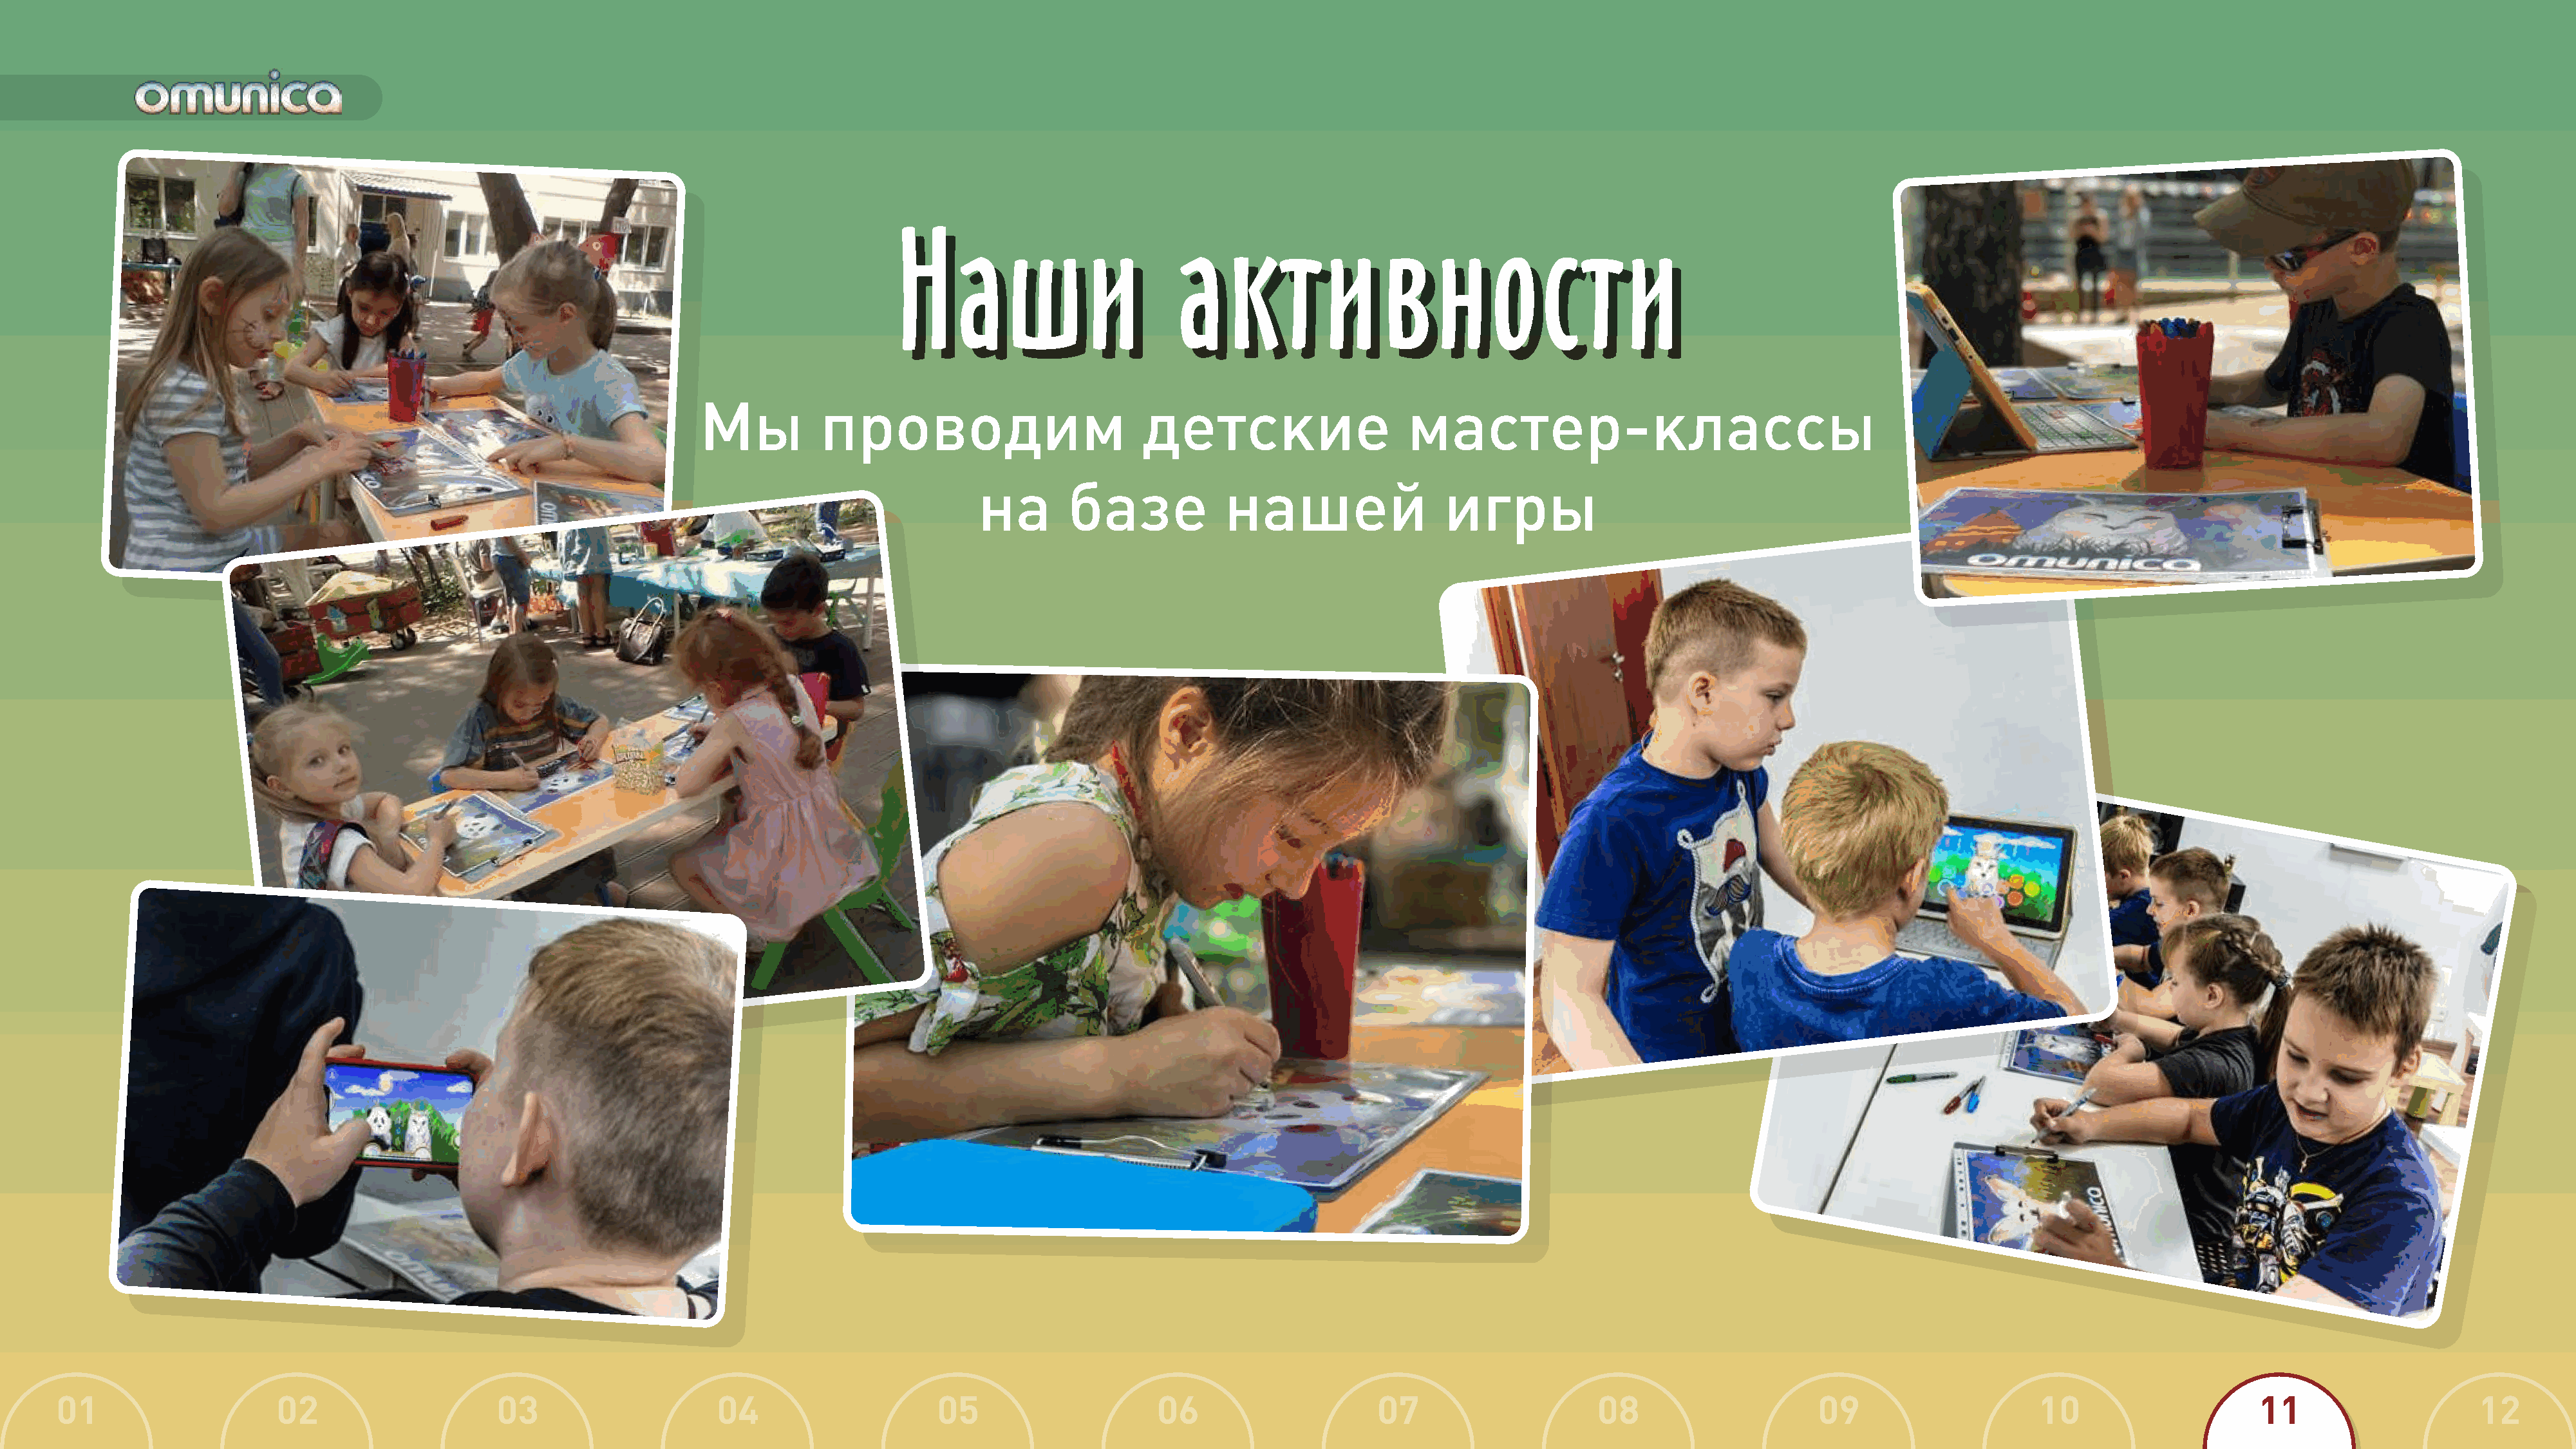
Наши                         активн                          ос        ти
 Наши                         активн                          ос        ти
 Мы          проводим                         детские                     мастер-классы
 на       базе            нашей                 игры
 01                    02                     03                     04                    05                     06                     07                    08                     09                     10                    11                     12